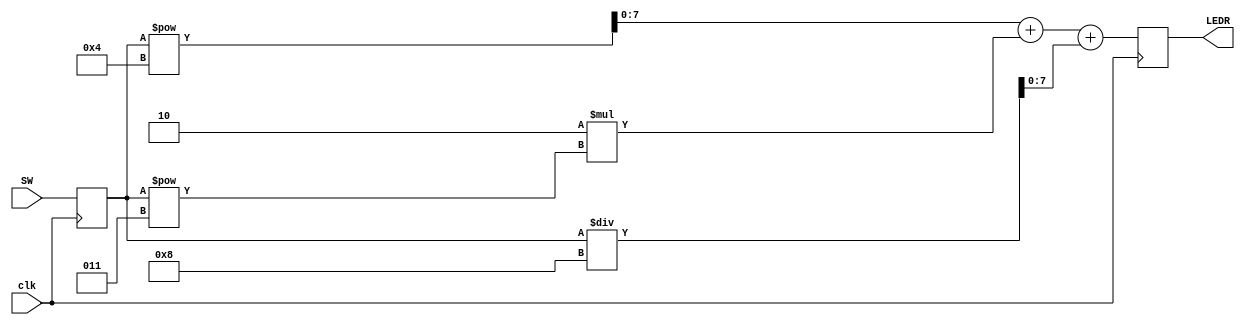
module Operacion(
	input [3:0] SW,
	input clk,
	output reg [7:0] LEDR
);

reg [3:0] SW_x;

always @(posedge clk)
begin
	SW_x <= SW;
	LEDR <= SW_x**4 + 2*(SW_x**3) + (SW_x/8);
end
endmodule